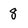
Character: 8